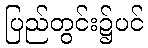
ပြည်တွင်း၌ပင်